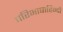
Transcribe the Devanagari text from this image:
परिभाषाहिन्दी